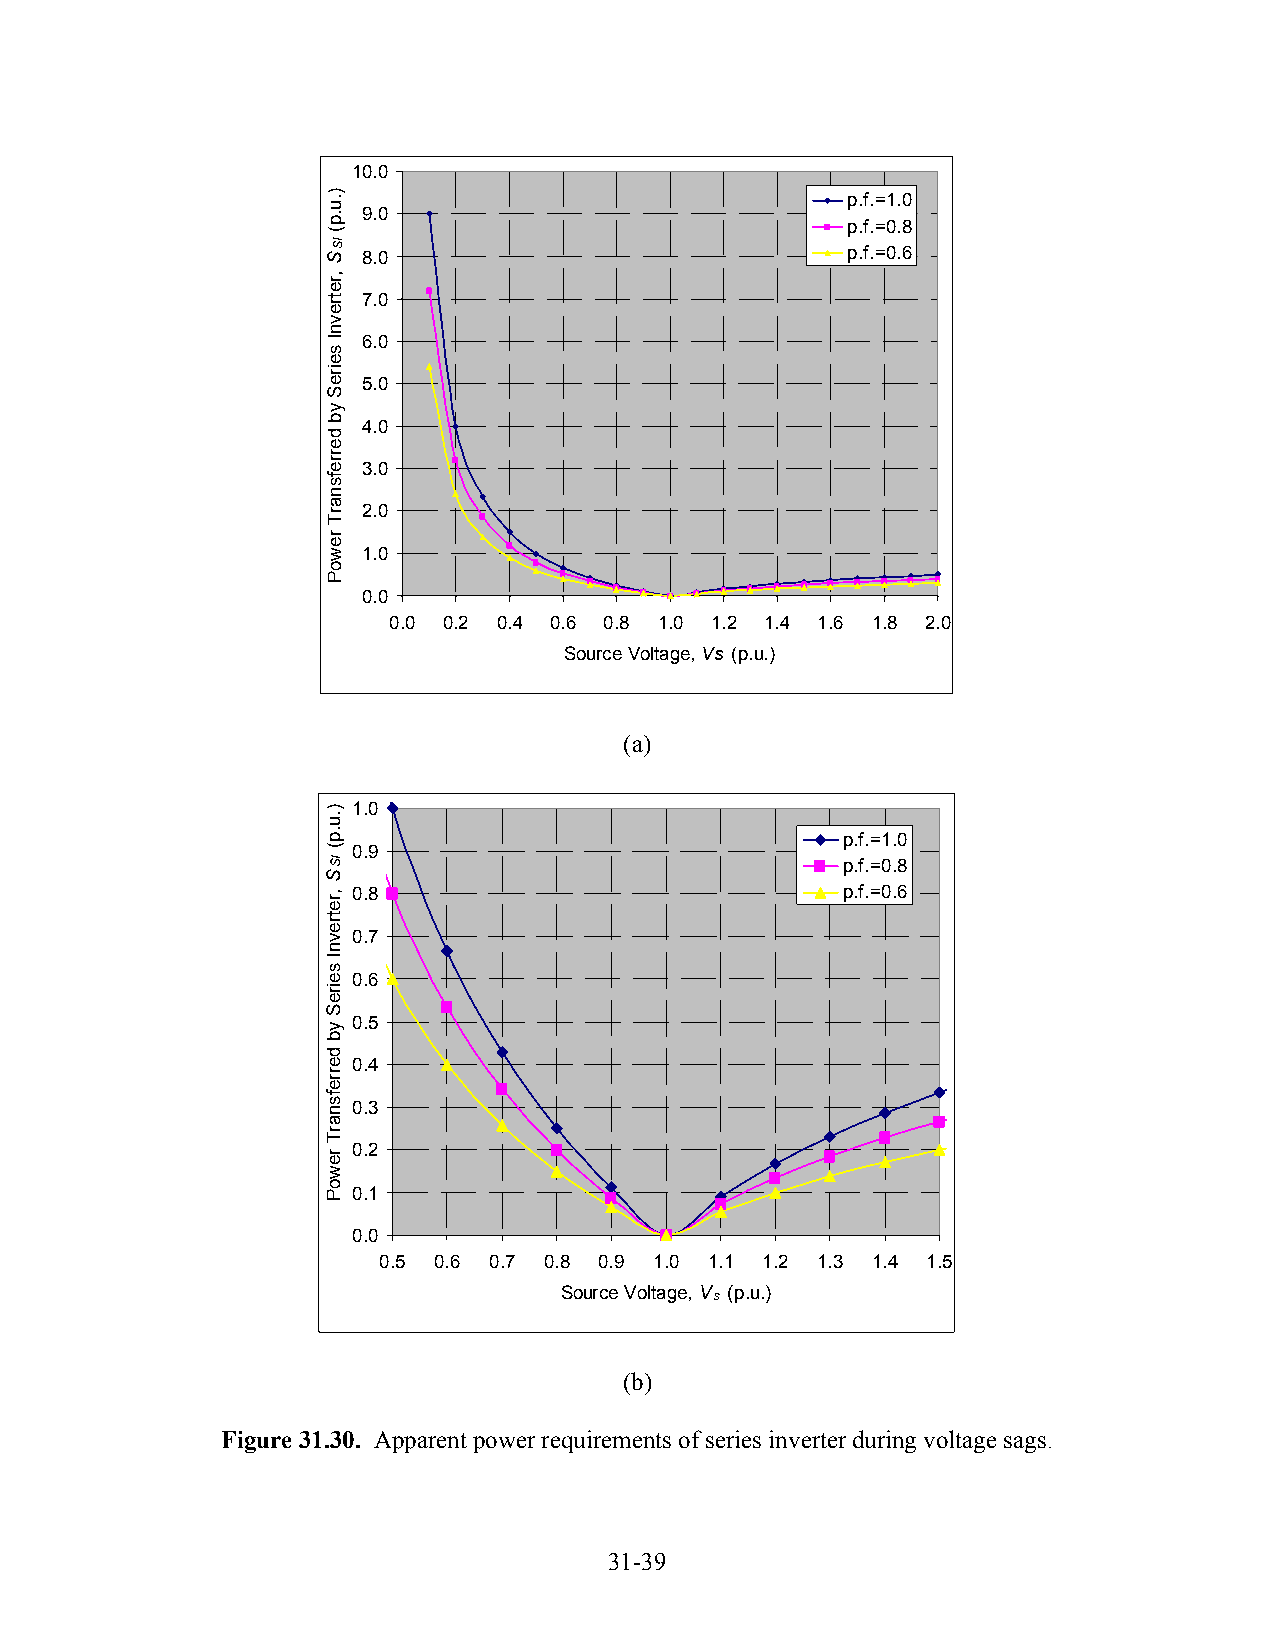
10.0
 p.f.=1.0
 9.0
 p.f.=0.8
 8.0                             p.f.=0.6
 7.0
 6.0
 5.0
 4.0
 3.0
 2.0
 1.0
 0.0
 0.0 0.2 0.4 0.6 0.8 1.0 1.2 1.4 1.6 1.8 2.0
 Source Voltage, Vs (p.u.)
 (a)
 1.0
 p.f.=1.0
 0.9
 p.f.=0.8
 0.8                              p.f.=0.6
 0.7
 0.6
 0.5
 0.4
 0.3
 0.2
 0.1
 0.0
 0.5 0.6 0.7 0.8 0.9 1.0 1.1 1.2 1.3 1.4 1.5
 Source Voltage, Vs (p.u.)
 (b)
 Figure 31.30. Apparent power requirements of series inverter during voltage sags.
 31-39
 ).u.p(
 ISS
 ,retrevnI
 seireS
 yb
 derrefsnarT
 rewoP
 ).u.p(
 ISS
 ,retrevnI
 seireS
 yb
 derrefsnarT
 rewoP